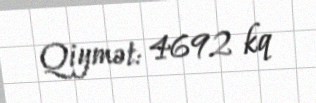
Qiymət: 4692 kq